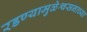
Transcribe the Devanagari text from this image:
रडण्यामुळेश्वसनाच्या